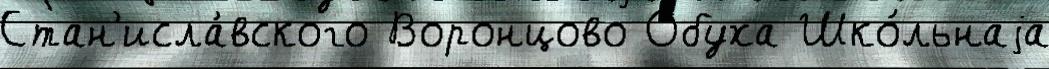
Стан'исла́вского Воронцово Обуха Шко́льнаjа